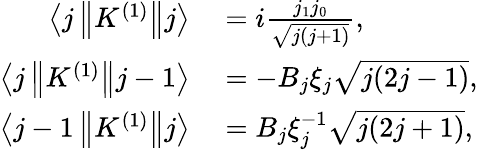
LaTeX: \begin{array}{rl}{\left\langle j\left\| K^{(1)}\right\| j\right\rangle}&{{}=i{\frac{j_{1}j_{0}}{\sqrt{j(j+1)}}},}\\ {\left\langle j\left\| K^{(1)}\right\| j-1\right\rangle}&{{}=-B_{j}\xi_{j}{\sqrt{j(2j-1)}},}\\ {\left\langle j-1\left\| K^{(1)}\right\| j\right\rangle}&{{}=B_{j}\xi_{j}^{-1}{\sqrt{j(2j+1)}},}\end{array}